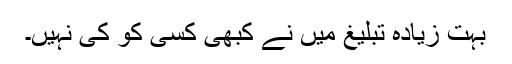
بہت زیادہ تبلیغ میں نے کبھی کسی کو کی نہیں۔